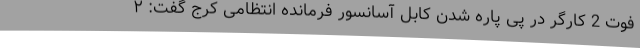
فوت 2 کارگر در پی پاره شدن کابل آسانسور فرمانده انتظامی کرج گفت: ۲